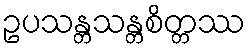
ဥပသန္တသန္တစိတ္တဿ